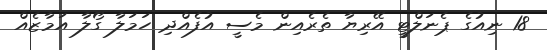
18 ނިއުގެ ޕެނަލްޓީ އޭރިޔާ ތެރެއިން މެސީ އުފެއްދި ހަމަލާ ގޯލާ އަމާޒެއް